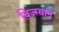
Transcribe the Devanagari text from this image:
बिज्ग्यान